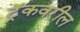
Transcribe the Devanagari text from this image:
ट्रॅकवरील